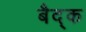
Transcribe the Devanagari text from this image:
बैद्क